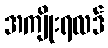
အကျိုးရလဒ်